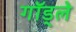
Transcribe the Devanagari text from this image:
गॉड्ले